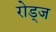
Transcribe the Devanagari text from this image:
रोड्ज